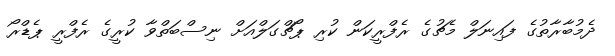
ދެމުބާރާތުގެ ފައިނަލް މެޗުގެ ރެފްރީކަން ކުރި ޕޯޗްގަލްއަށް ނިސްބަތްވާ ކުރީގެ ރެފްރީ ޕެޑްރޯ